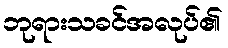
ဘုရားသခင်အလုပ်၏